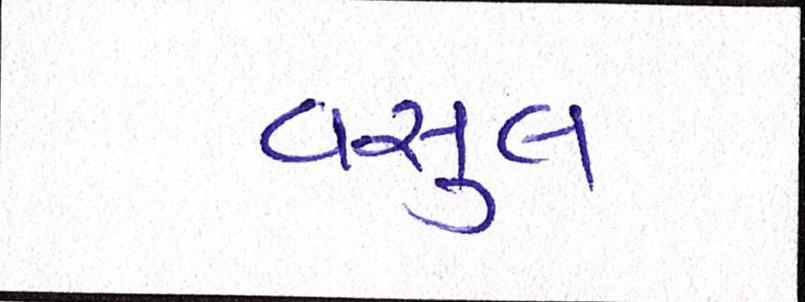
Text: વસુલ